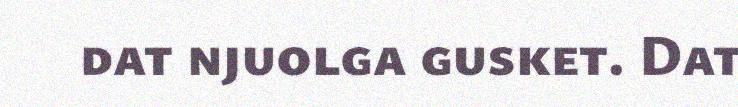
dat njuolga gusket. Dat